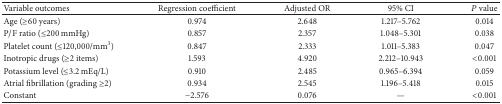
| Variable outcomes | Regression coefficient | Adjusted OR | 95% CI | P value |
 | --- | --- | --- | --- | --- |
 | Age (≥60 years) | 0.974 | 2.648 | 1.217–5.762 | 0.014 |
 | P/F ratio (≤200 mmHg) | 0.857 | 2.357 | 1.048–5.301 | 0.038 |
 | Platelet count (≤120,000/mm3) | 0.847 | 2.333 | 1.011–5.383 | 0.047 |
 | Inotropic drugs (≥2 items) | 1.593 | 4.920 | 2.212–10.943 | <0.001 |
 | Potassium level (≤3.2 mEq/L) | 0.910 | 2.485 | 0.965–6.394 | 0.059 |
 | Atrial fibrillation (grading ≥2) | 0.934 | 2.545 | 1.196–5.418 | 0.015 |
 | Constant | −2.576 | 0.076 | — | <0.001 |